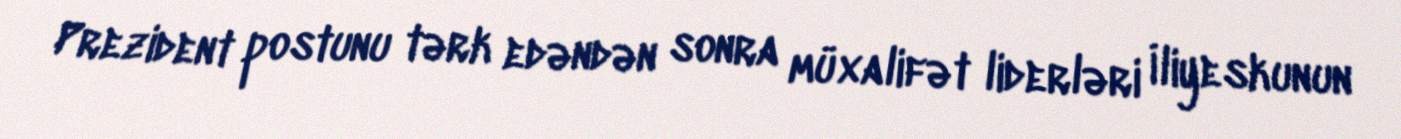
Prezident postunu tərk edəndən sonra müxalifət liderləri İliyeskunun